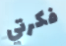
فكرتي